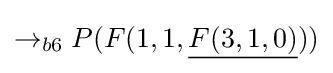
\rightarrow _{b6}P(F(1,1,{\underline {F(3,1,0)}}))